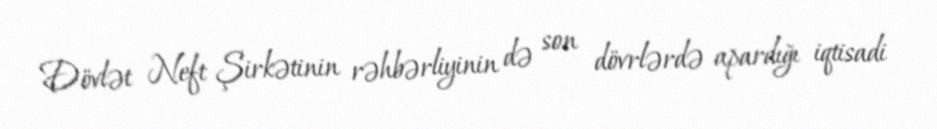
Dövlət Neft Şirkətinin rəhbərliyinin də son dövrlərdə apardığı iqtisadi